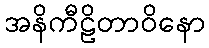
အနိကီဠိတာဝိနော